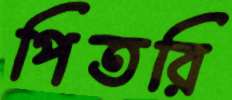
পিতরি